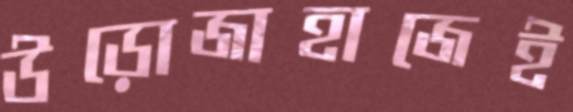
উড়োজাহাজেই